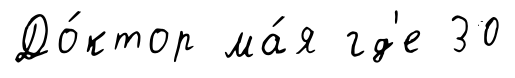
До́ктор ма́я гд'е 30